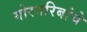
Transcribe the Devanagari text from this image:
गोरगरिबांचे